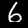
Digit: 6